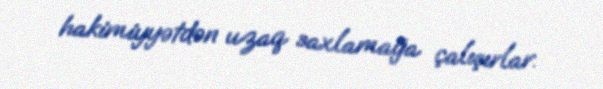
hakimiyyətdən uzaq saxlamağa çalışırlar.